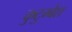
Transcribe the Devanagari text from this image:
कुटुम्बेश